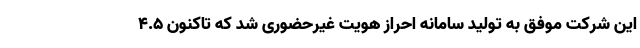
این شرکت موفق به تولید سامانه احراز هویت غیرحضوری شد که تاکنون 4.5